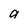
Character: a